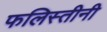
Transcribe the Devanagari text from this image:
फलिस्तीनी